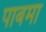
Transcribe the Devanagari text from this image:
पाबमा